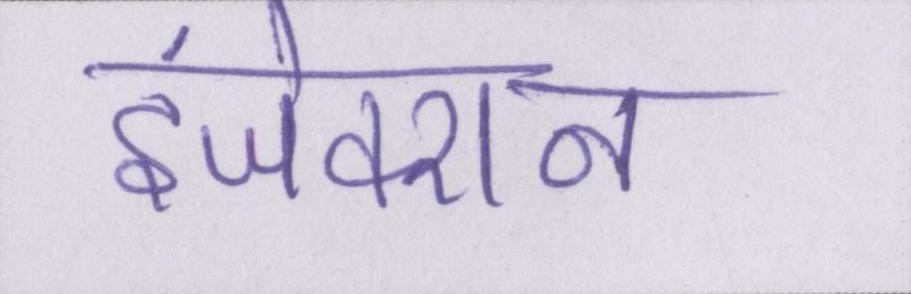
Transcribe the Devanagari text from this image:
इंजेक्शन